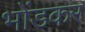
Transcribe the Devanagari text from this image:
भोंडकर